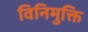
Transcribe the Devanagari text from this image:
विनिमुक्ति